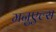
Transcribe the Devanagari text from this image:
मनुएल्स